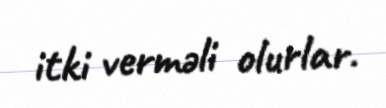
itki verməli olurlar.